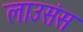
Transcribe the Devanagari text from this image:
लाउसंस